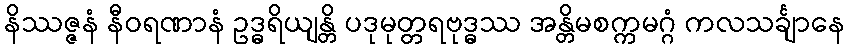
နိဿဇ္ဇနံ နီဝရဏာနံ ဥဒ္ဓရိယျန္တိ ပဒုမုတ္တရဗုဒ္ဓဿ အန္တိမစက္ကမဂ္ဂံ ကလသင်္ချာနေ